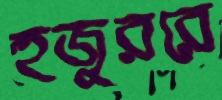
হুজুররে